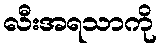
လီးအရသာကို